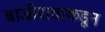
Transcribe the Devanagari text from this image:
बाजीरावाकडून